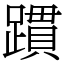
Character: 躀